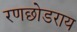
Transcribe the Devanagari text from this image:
रणछोडराय